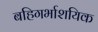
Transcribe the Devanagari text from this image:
बहिगर्भाशयिक